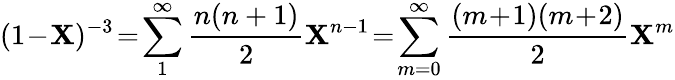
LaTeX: (1\! -\! \mathbf{X})^{-3}\! =\! \sum_{1}^{\infty}\frac{{n(n+1)}}{{2}}\mathbf{X}^{n-1}\! =\! \sum_{m=0}^{\infty}\frac{{(m\! +\! 1)(m\! +\! 2)}}{{2}}\mathbf{X}^{m}